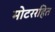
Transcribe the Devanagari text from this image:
मोटररहित